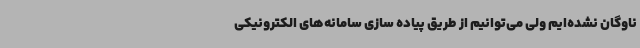
ناوگان نشده‌ایم ولی می‌توانیم از طریق پیاده سازی سامانه‌های الکترونیکی